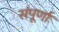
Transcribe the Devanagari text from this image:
संपूर्णाः